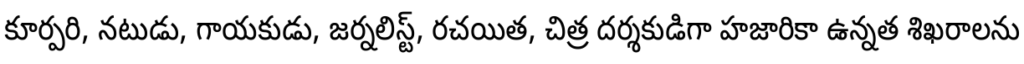
కూర్పరి, నటుడు, గాయకుడు, జర్నలిస్ట్, రచయిత, చిత్ర దర్శకుడిగా హజారికా ఉన్నత శిఖరాలను